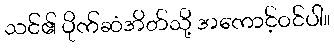
သင်၏ ပိုက်ဆံအိတ်သို့ အကောင့်ဝင်ပါ။